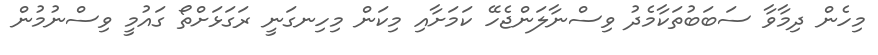
މިހެން ދިމާވާ ސަބަބުތަކާމެދު ވިސްނާލަންޖެހޭ ކަމަށާއި މިކަން މިހިނގަނީ ރަގަޅަށްތޯ ގައުމީ ވިސްނުމުން